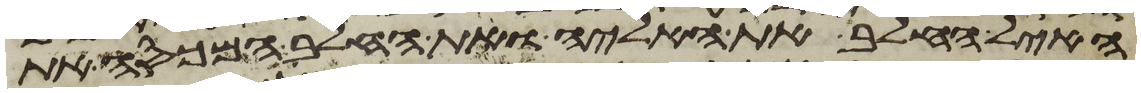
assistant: האיל החלב את האליה ואת החלב המכסה את